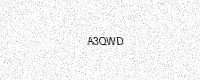
Text: A3QWD